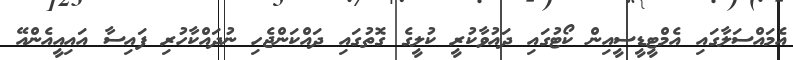
އެމައްސަލާގައި އެމްޓީޑީސީއިން ކޯޓުގައި ދައުވާކުރީ ކުލީގެ ގޮތުގައި ދައްކަންޖެހި ނުދައްކާހުރި ފައިސާ އައިއީއެންއޭ